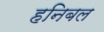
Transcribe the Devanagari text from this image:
हनिबल